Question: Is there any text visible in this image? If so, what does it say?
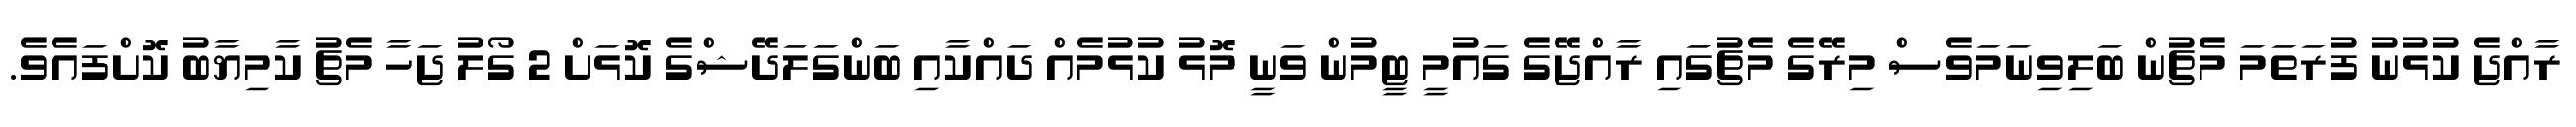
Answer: ރާއްޖެ ކުޅުނު ފުރަތަމަ މެޗުން ބަލިވިނަމަވެސް މިރޭގެ މެޗުގައި ރާއްޖޭގެ ގައުމީ ޓީމުން ވަނީ މޮޅު ކުޅުމެއް ދައްކާއި ބަންގަލަދޭޝްގެ ކޮޅަށް 2 ގޯލު ޖަހާ މެޗު ކާމިޔާބު ކޮށްފައެވެ.